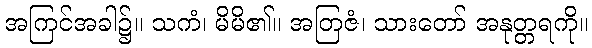
အကြင်အခါ၌။ သကံ၊ မိမိ၏။ အတြဇံ၊ သားတော် အနုတ္တရကို။